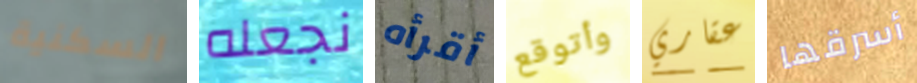
السكنية نجعله أقرأه وأتوقع عقاري أسرقها